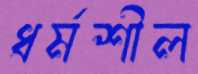
ধর্মশীল